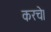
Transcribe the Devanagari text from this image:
करचे।